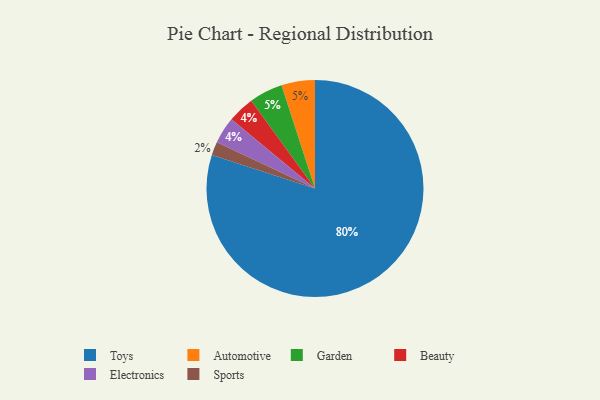
{"axis": {"x": "Category", "y": "Percentage"}, "legend": ["Automotive", "Beauty", "Electronics", "Garden", "Sports", "Toys"], "data": [{"x": "Beauty", "y": 4, "type": "Beauty"}, {"x": "Electronics", "y": 4, "type": "Electronics"}, {"x": "Automotive", "y": 5, "type": "Automotive"}, {"x": "Sports", "y": 2, "type": "Sports"}, {"x": "Toys", "y": 80, "type": "Toys"}, {"x": "Garden", "y": 5, "type": "Garden"}]}